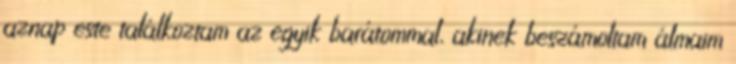
aznap este találkoztam az egyik barátommal, akinek beszámoltam álmaim